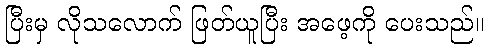
ပြီးမှ လိုသလောက် ဖြတ်ယူပြီး အဖေ့ကို ပေးသည်။